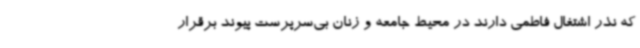
که نذر اشتغال فاطمی دارند در محیط جامعه و زنان بی‌سرپرست پیوند برقرار